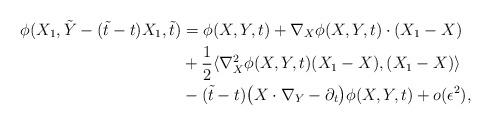
LaTeX: \begin{align*}\phi(X_1,\tilde Y-(\tilde t-t)X_1,\tilde t)&=\phi(X,Y,t)+\nabla_X\phi(X,Y,t)\cdot(X_1-X)\\&+\frac 1 2 \langle \nabla_X^2\phi(X,Y,t)(X_1-X), (X_1-X)\rangle\\&-(\tilde t-t)\bigl (X\cdot\nabla_Y-\partial_t\bigr)\phi(X,Y,t)+ {o}(\epsilon^2),\end{align*}